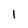
Character: 1